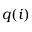
q ( i )